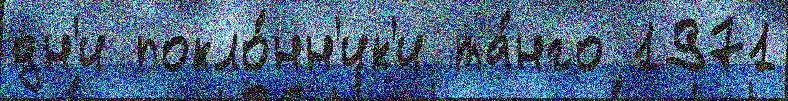
дн'и покло́нн'ик'и та́нго 1971